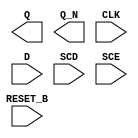
module sky130_fd_sc_hd__sdfrbp (
    Q      ,
    Q_N    ,
    CLK    ,
    D      ,
    SCD    ,
    SCE    ,
    RESET_B
);

    output Q      ;
    output Q_N    ;
    input  CLK    ;
    input  D      ;
    input  SCD    ;
    input  SCE    ;
    input  RESET_B;

    // Voltage supply signals
    supply1 VPWR;
    supply0 VGND;
    supply1 VPB ;
    supply0 VNB ;

endmodule